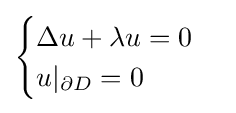
{\begin{cases}\Delta u+\lambda u=0\\u|_{\partial D}=0\end{cases}}